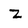
Character: z